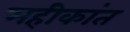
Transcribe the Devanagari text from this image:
महीकांत